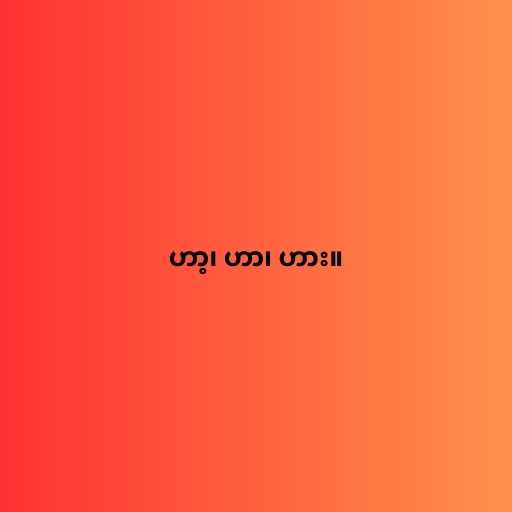
ဟာ့၊ ဟာ၊ ဟား။